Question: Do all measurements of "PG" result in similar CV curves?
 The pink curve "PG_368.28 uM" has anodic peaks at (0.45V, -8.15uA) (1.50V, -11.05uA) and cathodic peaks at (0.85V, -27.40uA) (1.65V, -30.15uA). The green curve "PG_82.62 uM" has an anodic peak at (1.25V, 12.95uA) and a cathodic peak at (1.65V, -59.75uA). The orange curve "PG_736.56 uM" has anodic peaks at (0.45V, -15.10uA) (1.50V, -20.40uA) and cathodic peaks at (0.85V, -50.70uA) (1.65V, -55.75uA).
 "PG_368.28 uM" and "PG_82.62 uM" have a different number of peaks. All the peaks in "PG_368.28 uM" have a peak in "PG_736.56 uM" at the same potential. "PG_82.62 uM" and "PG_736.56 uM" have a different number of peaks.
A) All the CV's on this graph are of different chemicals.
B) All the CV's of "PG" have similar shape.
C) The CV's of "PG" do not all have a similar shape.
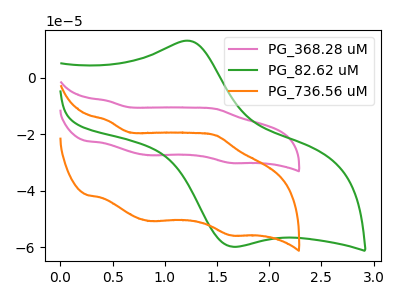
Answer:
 <answer>B) All the CV's of "PG" have similar shape.</answer>
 <eval>B</eval>